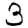
Digit: 3